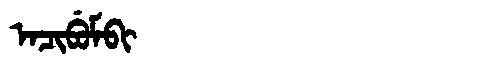
Manchu: ᠠᠴᡳᠪᡠᠮᠪᡳ
Romanization: ACIBUMBI